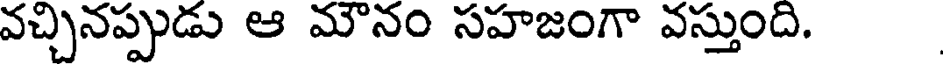
వచ్చినప్పుడు ఆ మౌనం సహజంగా వస్తుంది.